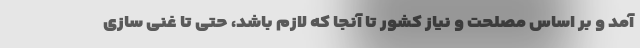
آمد و بر اساس مصلحت و نیاز کشور تا آنجا که لازم باشد، حتی تا غنی سازی